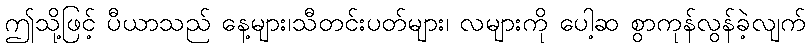
ဤသို့ဖြင့် ပီယာသည် နေ့များ၊သီတင်းပတ်များ၊ လများကို ပေါ့ဆ စွာကုန်လွန်ခဲ့လျက်